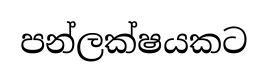
පන්ලක්ෂයකට